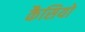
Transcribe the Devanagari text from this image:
कैसियो